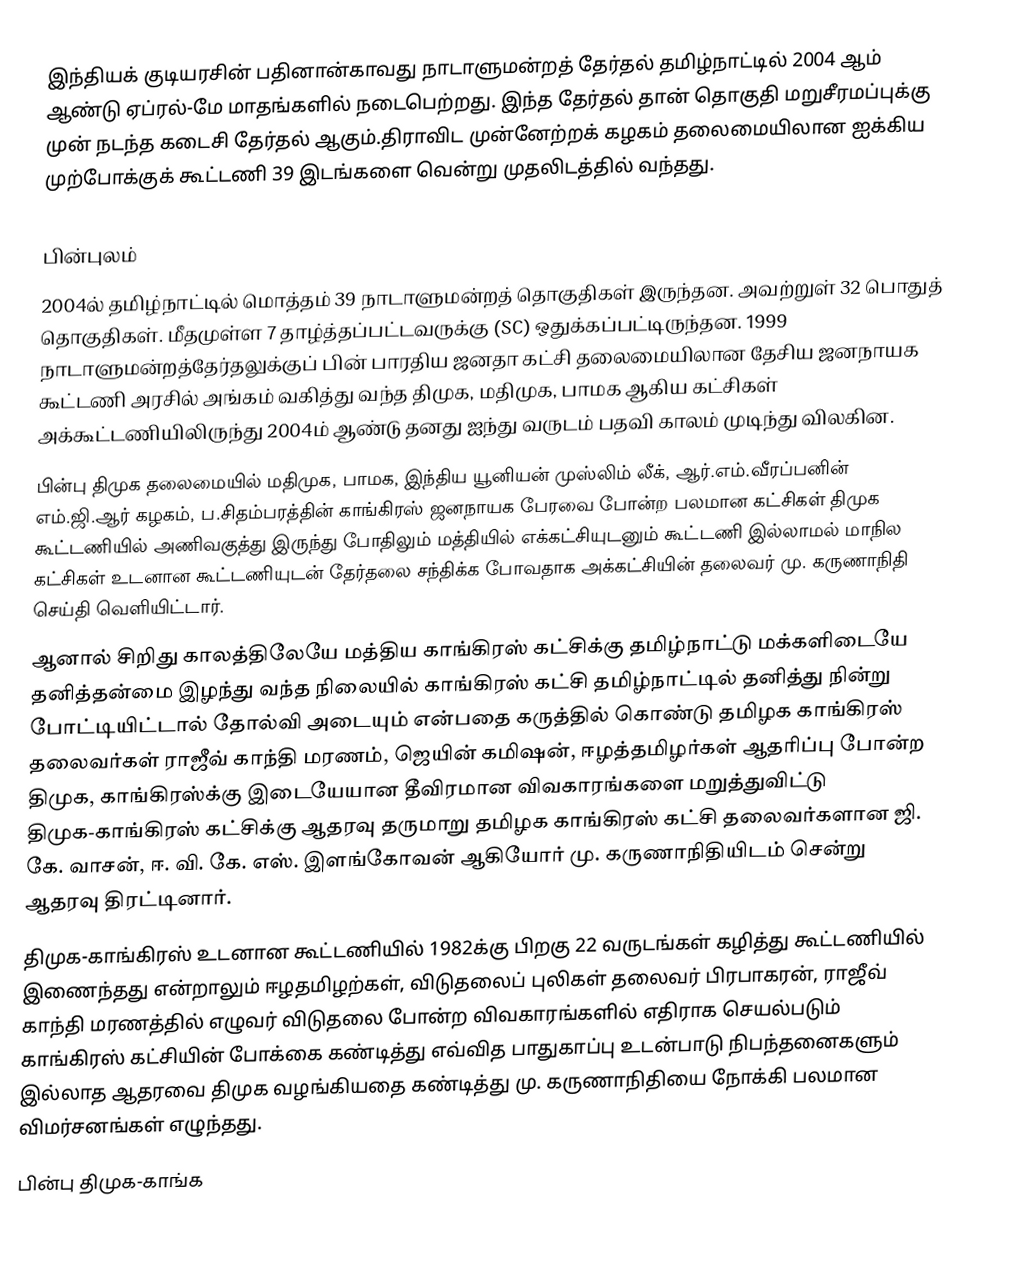
இந்தியக் குடியரசின் பதினான்காவது நாடாளுமன்றத் தேர்தல் தமிழ்நாட்டில் 2004 ஆம் ஆண்டு ஏப்ரல்-மே மாதங்களில் நடைபெற்றது. இந்த தேர்தல் தான் தொகுதி மறுசீரமப்புக்கு முன் நடந்த கடைசி தேர்தல் ஆகும்.திராவிட முன்னேற்றக் கழகம் தலைமையிலான ஐக்கிய முற்போக்குக் கூட்டணி 39 இடங்களை வென்று முதலிடத்தில் வந்தது.

பின்புலம்
 2004ல் தமிழ்நாட்டில் மொத்தம் 39 நாடாளுமன்றத் தொகுதிகள் இருந்தன. அவற்றுள் 32 பொதுத் தொகுதிகள். மீதமுள்ள 7 தாழ்த்தப்பட்டவருக்கு (SC) ஒதுக்கப்பட்டிருந்தன. 1999 நாடாளுமன்றத்தேர்தலுக்குப் பின் பாரதிய ஜனதா கட்சி தலைமையிலான தேசிய ஜனநாயக கூட்டணி அரசில் அங்கம் வகித்து வந்த திமுக, மதிமுக, பாமக ஆகிய கட்சிகள் அக்கூட்டணியிலிருந்து 2004ம் ஆண்டு தனது ஐந்து வருடம் பதவி காலம் முடிந்து விலகின.
 பின்பு திமுக தலைமையில் மதிமுக, பாமக, இந்திய யூனியன் முஸ்லிம் லீக், ஆர்.எம்.வீரப்பனின் எம்.ஜி.ஆர் கழகம், ப.சிதம்பரத்தின் காங்கிரஸ் ஜனநாயக பேரவை போன்ற பலமான கட்சிகள் திமுக கூட்டணியில் அணிவகுத்து இருந்து போதிலும் மத்தியில் எக்கட்சியுடனும் கூட்டணி இல்லாமல் மாநில கட்சிகள் உடனான கூட்டணியுடன் தேர்தலை சந்திக்க போவதாக அக்கட்சியின் தலைவர் மு. கருணாநிதி செய்தி வெளியிட்டார்.
 ஆனால் சிறிது காலத்திலேயே மத்திய காங்கிரஸ் கட்சிக்கு தமிழ்நாட்டு மக்களிடையே தனித்தன்மை இழந்து வந்த நிலையில் காங்கிரஸ் கட்சி தமிழ்நாட்டில் தனித்து நின்று போட்டியிட்டால் தோல்வி அடையும் என்பதை கருத்தில் கொண்டு தமிழக காங்கிரஸ் தலைவர்கள் ராஜீவ் காந்தி மரணம், ஜெயின் கமிஷன், ஈழத்தமிழர்கள் ஆதரிப்பு போன்ற திமுக, காங்கிரஸ்க்கு இடையேயான தீவிரமான விவகாரங்களை மறுத்துவிட்டு திமுக-காங்கிரஸ் கட்சிக்கு ஆதரவு தருமாறு தமிழக காங்கிரஸ் கட்சி தலைவர்களான ஜி. கே. வாசன், ஈ. வி. கே. எஸ். இளங்கோவன் ஆகியோர் மு. கருணாநிதியிடம் சென்று ஆதரவு திரட்டினார்.
 திமுக-காங்கிரஸ் உடனான கூட்டணியில் 1982க்கு பிறகு 22 வருடங்கள் கழித்து கூட்டணியில் இணைந்தது என்றாலும் ஈழதமிழற்கள், விடுதலைப் புலிகள் தலைவர் பிரபாகரன், ராஜீவ் காந்தி மரணத்தில் எழுவர் விடுதலை போன்ற விவகாரங்களில் எதிராக செயல்படும் காங்கிரஸ் கட்சியின் போக்கை கண்டித்து எவ்வித பாதுகாப்பு உடன்பாடு நிபந்தனைகளும் இல்லாத ஆதரவை திமுக வழங்கியதை கண்டித்து மு. கருணாநிதியை நோக்கி பலமான விமர்சனங்கள் எழுந்தது.
 பின்பு திமுக-காங்க